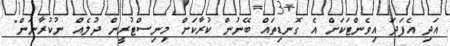
އަދި އެފަދަ އިވެންޓަކަށް އެ ގޮނޑިތައް ބޭނުން ކުރާކަށް މިނިސްޓުރީން ދުލެއް ނުކުރާނަން"